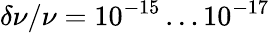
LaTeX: \delta\nu/\nu=10^{-15}\dots 10^{-17}